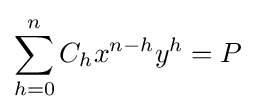
\sum _{h=0}^{n}C_{h}x^{n-h}y^{h}=P